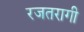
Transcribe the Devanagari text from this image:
रजतरागी